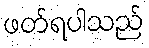
ဖတ်ရပါသည်